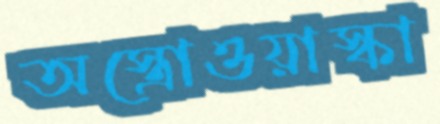
অস্ত্রোওয়াস্কা